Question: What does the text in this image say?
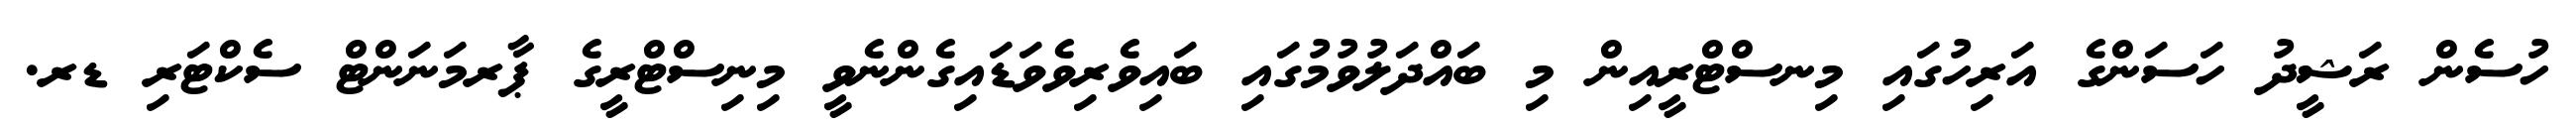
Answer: ހުސެން ރަޝީދު ހަސަންގެ އަރިހުގައި މިނސްޓްރީއިން މި ބައްދަލުވުމުގައި ބައިވެރިވެވަޑައިގެންނެވީ މިނިސްޓްރީގެ ޕާރމަނަންޓް ސެކްޓަރި ޑރ.